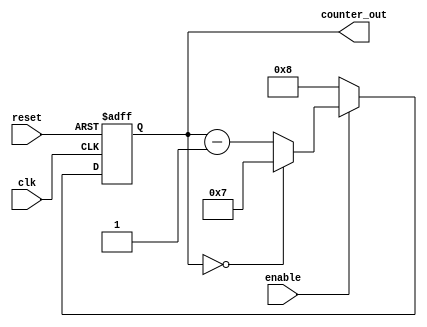
module modulo_n_down_counter (
    input wire clk,
    input wire reset,
    input wire enable,
    output reg [N-1:0] counter_out
);

parameter N = 8; // Set the value of N here

always @(posedge clk or posedge reset) begin
    if (reset) begin
        counter_out <= N;
    end else begin
        if (enable) begin
            if (counter_out == 0) begin
                counter_out <= N - 1;
            end else begin
                counter_out <= counter_out - 1;
            end
        end else begin
            counter_out <= N;
        end
    end
end

endmodule